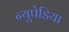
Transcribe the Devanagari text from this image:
न्यूपेडिया